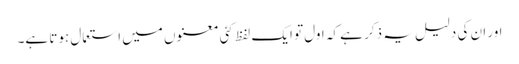
اور ان کی دلیل یہ ذکر ہے کہ اول تو ایک لفظ کئی معنوں میں استعمال ہوتا ہے۔